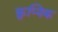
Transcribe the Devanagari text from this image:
क्रुप्निक